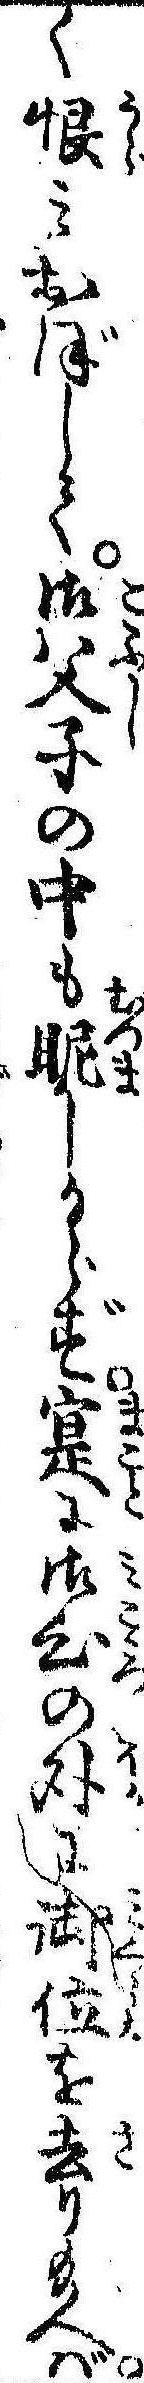
く恨みおぼして御父子の中も眤しからず寔に御心の外に御位を去り給へば